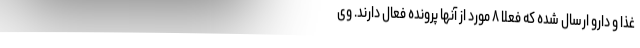
غذا و دارو ارسال شده که فعلا ۸ مورد از آنها پرونده فعال دارند. وی